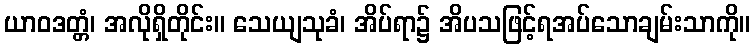
ယာဝဒတ္တံ၊ အလိုရှိတိုင်း။ သေယျသုခံ၊ အိပ်ရာ၌ အိပသဖြင့်ရအပ်သောချမ်းသာကို။